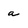
Character: a